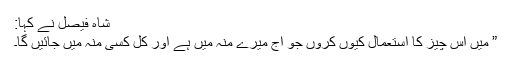
شاہ فیصل نے کہا:
” میں اس چیز کا استعمال کیوں کروں جو آج میرے منہ میں ہے اور کل کسی منہ میں جائیں گا۔